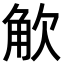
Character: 𮗦